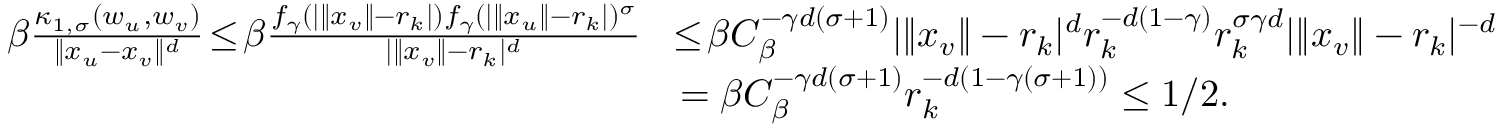
\begin{array} { r l } { \beta \frac { \kappa _ { 1 , \sigma } ( w _ { u } , w _ { v } ) } { \| x _ { u } - x _ { v } \| ^ { d } } \! \le \! \beta \frac { f _ { \gamma } ( | \| x _ { v } \| - r _ { k } | ) f _ { \gamma } ( | \| x _ { u } \| - r _ { k } | ) ^ { \sigma } } { | \| x _ { v } \| - r _ { k } | ^ { d } } } & { \! \le \! \beta C _ { \beta } ^ { - \gamma d ( \sigma + 1 ) } | \| x _ { v } \| - r _ { k } | ^ { d } r _ { k } ^ { - d ( 1 - \gamma ) } r _ { k } ^ { \sigma \gamma d } | \| x _ { v } \| - r _ { k } | ^ { - d } } \\ & { = \beta C _ { \beta } ^ { - \gamma d ( \sigma + 1 ) } r _ { k } ^ { - d ( 1 - \gamma ( \sigma + 1 ) ) } \le 1 / 2 . } \end{array}